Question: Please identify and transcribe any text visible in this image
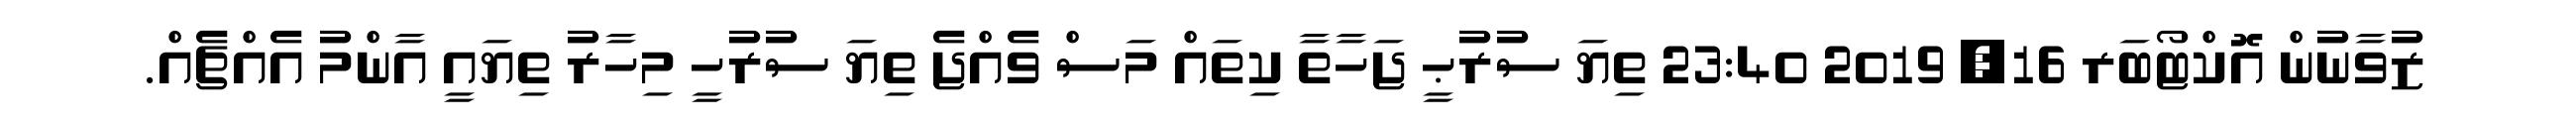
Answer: ޒުވާނުން އޮކްޓޯބަރ 16, 2019 23:40 ތިޔަ ސުރުޙީ ޖަހާތާ ކިތައް މަސް ވެއްޖެ ތިޔަ ސުރުހީ މިހާރު ތިޔައީ އާންމު އެއްޗެއް.